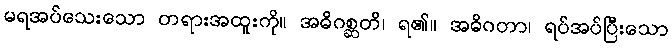
မရအပ်သေးသော တရားအထူးကို။ အဓိဂစ္ဆတိ၊ ရ၏။ အဓိဂတာ၊ ရပ်အပ်ပြီးသော